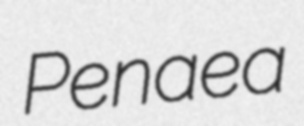
Penaea